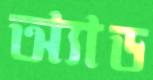
অ্যাড